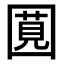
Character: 𪢯